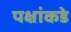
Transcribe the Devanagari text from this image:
पक्षांकडे